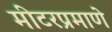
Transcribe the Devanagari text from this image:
मीटरप्रमाणे